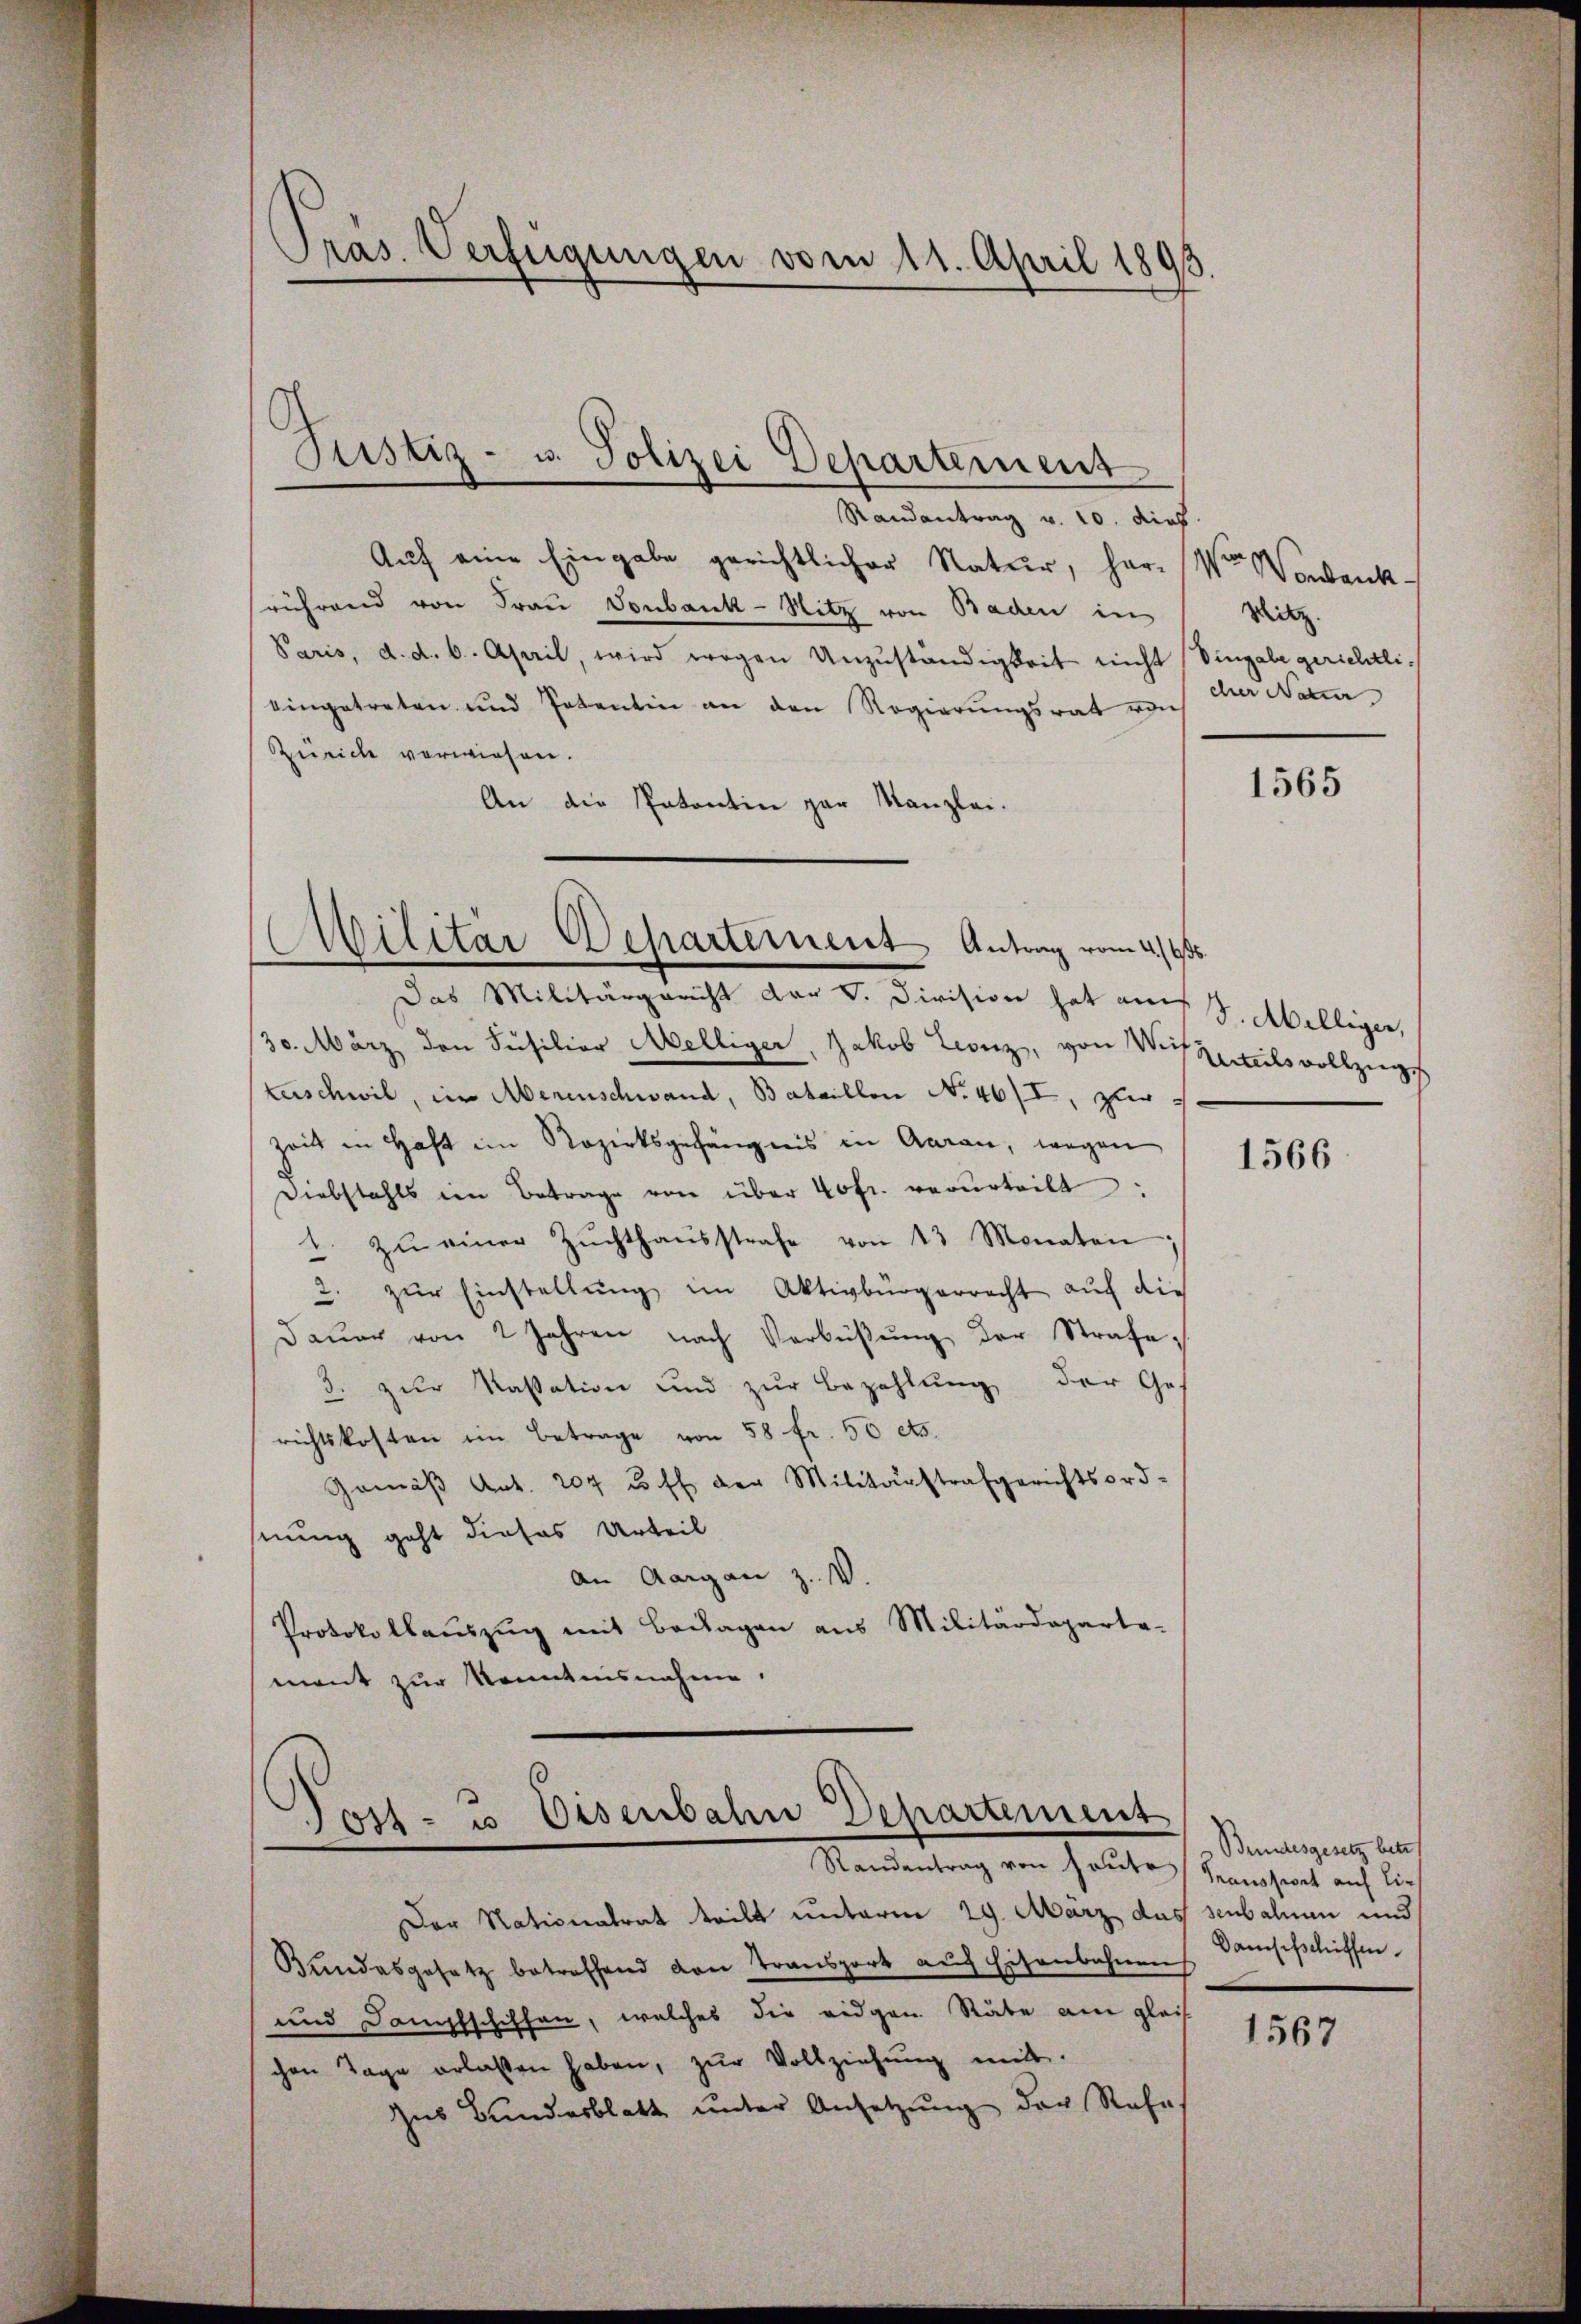
Pras. Verfügungen vom 11. April 1893.

Justiz- u. Polizei Departement

Randantrag v. 10. dies
Auf eine Eingabe gerichtlicher Natur, harre Wonbank
während von Frau Vonbank-Hitz von Baden in
Paris, d. d. 6. April, wird wegen Unzuständigkeit nicht Vingabe gerichtlieingetreten und Patentin an den Regierungsrat rauh
Zürich verwiesen.
An die Patentin gar Kanzlei-
30. März den Sicilior Melliger, Jakob Leonz, von Wert Urteils vollziege
Zeschwil, im Abenenschwand, Bataillon No 46/I, zwar i
Zeit in Haft im Rozirksgehängnis in Garan, wegen
Diebstahls im Betrage von über 40 fr. verurteilt:
1. zŭ einer Zŭchthaŭsstrafe von 13 Monaten
 zŭr Einstellŭng im Aktivbürgerrecht auf die
2
Daŭer von 2 Jahren nach Verbüβŭng der Strafe.
3. zur Kassation und zur Bezahlung der Ges
richtskosten im Betrage von 58 fr. 50 cts.
Gemäß Art. 204 u. ff. der Militärstrafgerichtsord-
nung geht dieses Urteil
An Aargau z. V.
Protokollaŭszŭg mit Beilagen aus Militärdeparte-
mant zur Kenntnisnahme.

Militar Departernent Antrag vom 2./13
Das Militärgericht der V. Division hat aus. Abelliger,

Jost- u Disenbahn Departement
Randentrag von Heute Transport auf lies

Der Nationalrat teilt unterm 29. März das subalien und
Bundesgesetz betreffend von Transport auf Eisenbahnen
und Dampfschiffen, welches die eidgen Stäbe am gleich
chen Tage erlassen haben, zur Vollziehung mit.
Zus Bundesblatt ŭnter Ansetzŭng der Rahn,

Mitz
cher Neuer

1565

1566

Bundesgesetz betr
Damschschiffen

1567